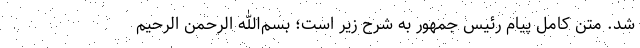
شد. متن کامل پیام رئیس جمهور به شرح زیر است؛ بسم‌الله الرحمن الرحیم